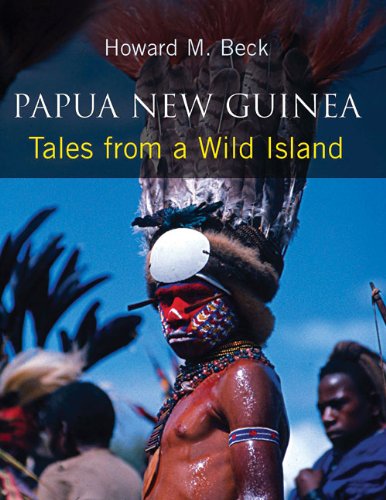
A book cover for Papua New Guinea: Tales from a Wild Island; Howard M. Beck; Travel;